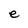
Character: e